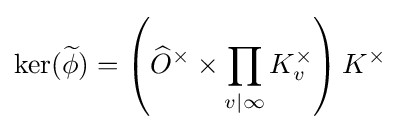
\ker({\widetilde {\phi }})=\left({\widehat {O}}^{\times }\times \prod _{v|\infty }K_{v}^{\times }\right)K^{\times }